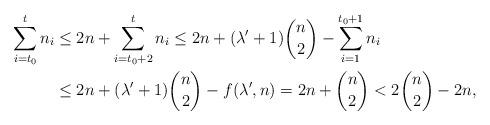
LaTeX: \begin{align*}\sum_{i=t_0}^{t} n_i &\leq 2n+ \sum_{i=t_0+2}^{t} n_i\leq 2n+(\lambda'+1)\binom{n}{2}- \sum_{i=1}^{t_0+1} n_i \\ &\leq 2n+(\lambda'+1)\binom{n}{2}-f(\lambda',n)= 2n+\binom{n}{2}<2\binom{n}{2}-2n,\end{align*}